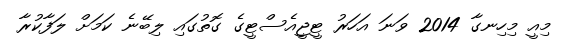
މިއީ މިހިނގާ 2014 ވަނަ އަހަރު ޓީޖީއެސްޓީގެ ގޮތުގައި ލިބޭނެ ކަމަށް ލަފާކުރާ